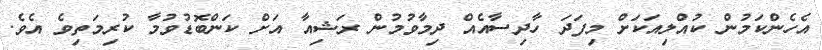
އެހެންކަމުން ކުއްލިއަކަށް މިފަދަ ހާދިސާއެއް ދިމާވުމުން ރަޝިއާ އަށް ކަންބޮޑުވުމާ ކުރިމަތިވެ އެވެ.